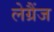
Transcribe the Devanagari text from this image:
लेग्रैंज